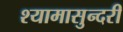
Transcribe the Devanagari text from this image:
श्यामासुन्दरी